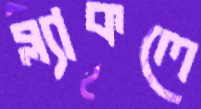
ব্ল্যাকলে